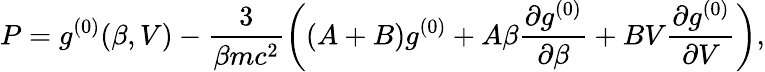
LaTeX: P=g^{(0)}(\beta,V)-\frac 3{\beta mc^{2}}\left((A+B)g^{(0)}+A\beta\frac{\partial g^{(0)}}{\partial\beta}+BV\frac{\partial g^{(0)}}{\partial V}\right),